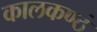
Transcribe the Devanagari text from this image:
कालकण्ठं